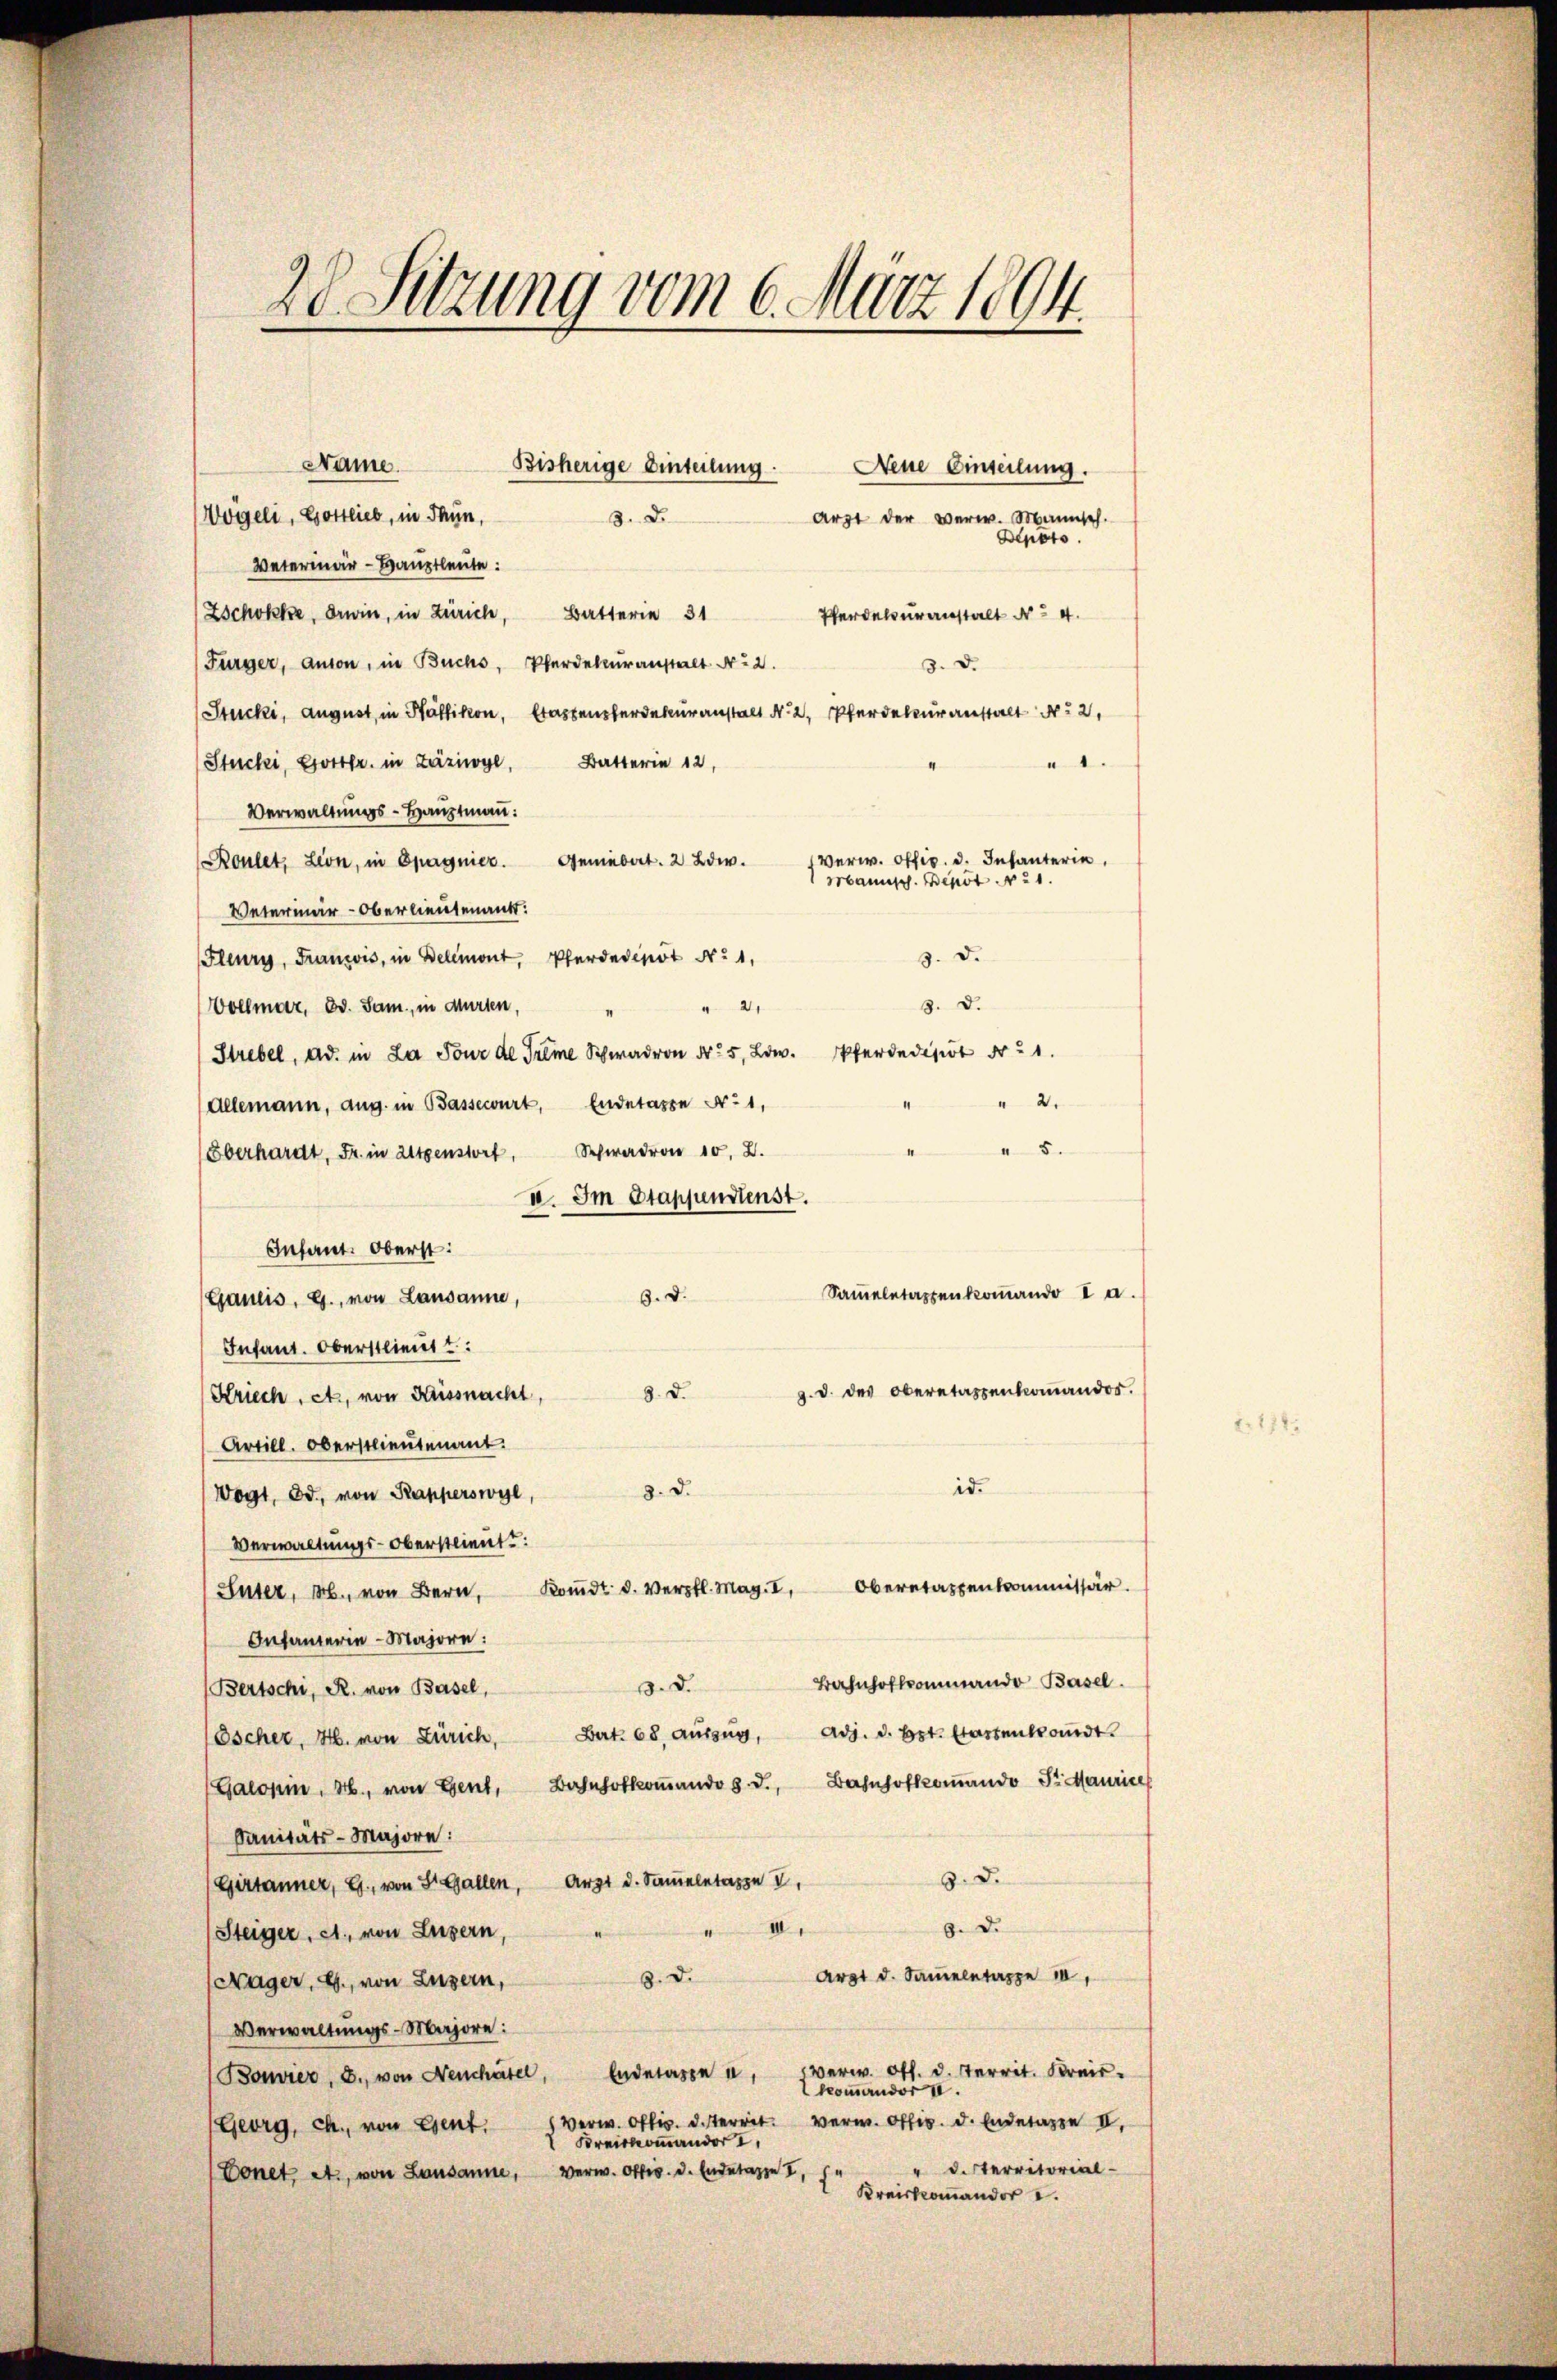
28 Sitzung vom 6. März 1894.

Name.

Bisherige Einteilung.

Vögeli, Gottlieb, in dann,
3. d.
Veterinär-Hauptleute:
Zschokke drin, in Zürich, Batterie 31 Pferdecŭranstalt No 4.
Fürger, anson, in Buchs, Pferdekcuranstalt No 2.
3. d.
Stucki, August in in statenferekuranstalt N. 2. Pferdecuranstalt 2
Stucki, Gottfr. in Zäziwyl, Batterin 12,
1
Verwaltungs-Hauptmann:
Roulet, Lion, in Spagnier. Geniebert. 2 Bde. Verw. Offiz. d. Infanterie,
Mannisch. Bent: 1.
Veterinar-Oberlieutenants:
Fleury, Francois, in Delemont, Pferdedinöt No 1,
3. d.
3. d.
21
Wollmar, 30. Jam, in Murten,
Strebel, Ad. in La Tour de Treme Schwadron N. 5, L. Pferde ist 21.
2.
Allemann, aug. in Bassecurt, Endetappe No 1,
" 5.
Oberhardt, Fr. in Altgenstorf, Schwadron 10. 2.
IV. Im Stapfenstenst.
Infant. Oberst:
Sammeletastenkommando I a.
3. d.
Gaulis, G., von Lausanne,
Infant. Oberstlieutt:
g. d. des Oberetappenkommandos.
Kriech, et, von Kissnacht, 3. d.
Artill. Oberstlieutenant.
id.
8. d.
Wogt, od. von Kapperswyl
Verwaltungs-Oberstlieut:
Oberetappenkommissär.
Suter, M. von Bern, Koṁdt. d. Verpfl. Mag. I,
Infanterie-Majore:
Bahnhofkommando Basel.
3. d.
(Bertschi, R. von Basel,
Adj. d. Bet. Etastentandt
Escher, H. von Zürich, Bert. 68, auszug,
Galohin, H., von Gent, Bahnhofkoṁando d. J., Bahnhofkoṁando Sr. Maurice
Sanitäts-Majore:
8. d.
Gettanner, G., von St. Gallen, Arzt d. Sammeletappe 2,
9. De
 Gener Weigen
Steiger, et, von Luzern,
Art d. Samletappe
3. d.
Nager, G., von Luzern,
Verwaltungs-Majore:
Bouvier, S. von Neuchâtel, Andelasse u. verw. off. d. Territ. Kreis-
kommerndor II.
 Verw. O. d. et. Verw. O. d. Endtage II.
Georg, ch., von Esent.
Kreiskoṁandor
" d. Sterritorial-
Verw. Off. d. Ende tage II,
Donet et, von Lausanne,
I Kreiskoṁandor

Arzt der verw. Mannsch.
Depots

Neue Einseilung.